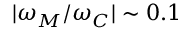
| \omega _ { M } / \omega _ { C } | \sim 0 . 1